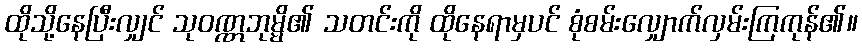
ထိုသို့နေပြီးလျှင် သုဝဏ္ဏဘုမ္မိ၏ သတင်းကို ထိုနေရာမှပင် စုံစမ်းလျှောက်လှမ်းကြကုန်၏။